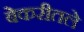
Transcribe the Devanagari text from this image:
बेकरीतले